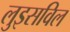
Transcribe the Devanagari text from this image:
लुइसविल